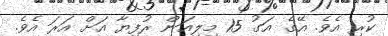
ކުރި އެވެ. އޭގެ އަގު 15 މިލިއަން ރުފިޔާ އަށް އަރަ އެވެ.